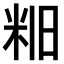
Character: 𫂻